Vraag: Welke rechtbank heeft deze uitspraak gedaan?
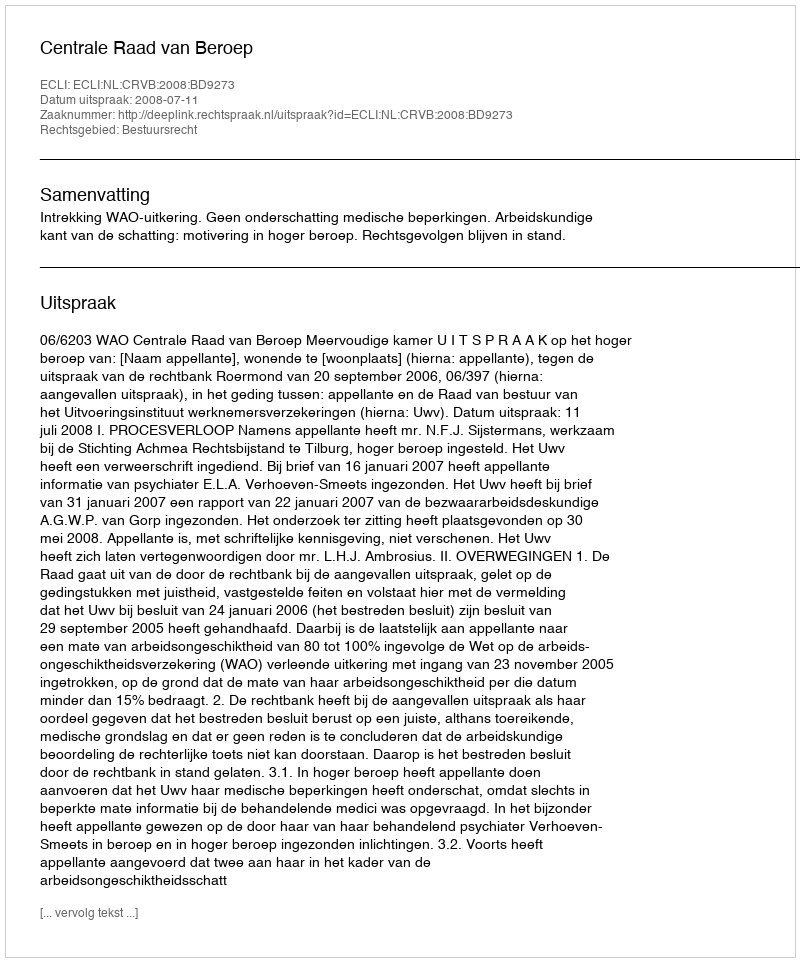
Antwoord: Centrale Raad van Beroep